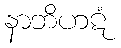
နာဘိဟဋံ